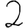
Digit: 2